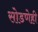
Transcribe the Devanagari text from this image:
सोडणेही